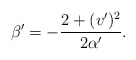
\begin{align*}\beta' = -\frac{2 + (v')^2}{2\alpha'}.\end{align*}